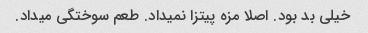
خیلی بد بود. اصلا مزه پیتزا نمیداد. طعم سوختگی میداد.